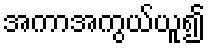
အကာအကွယ်ယူ၍